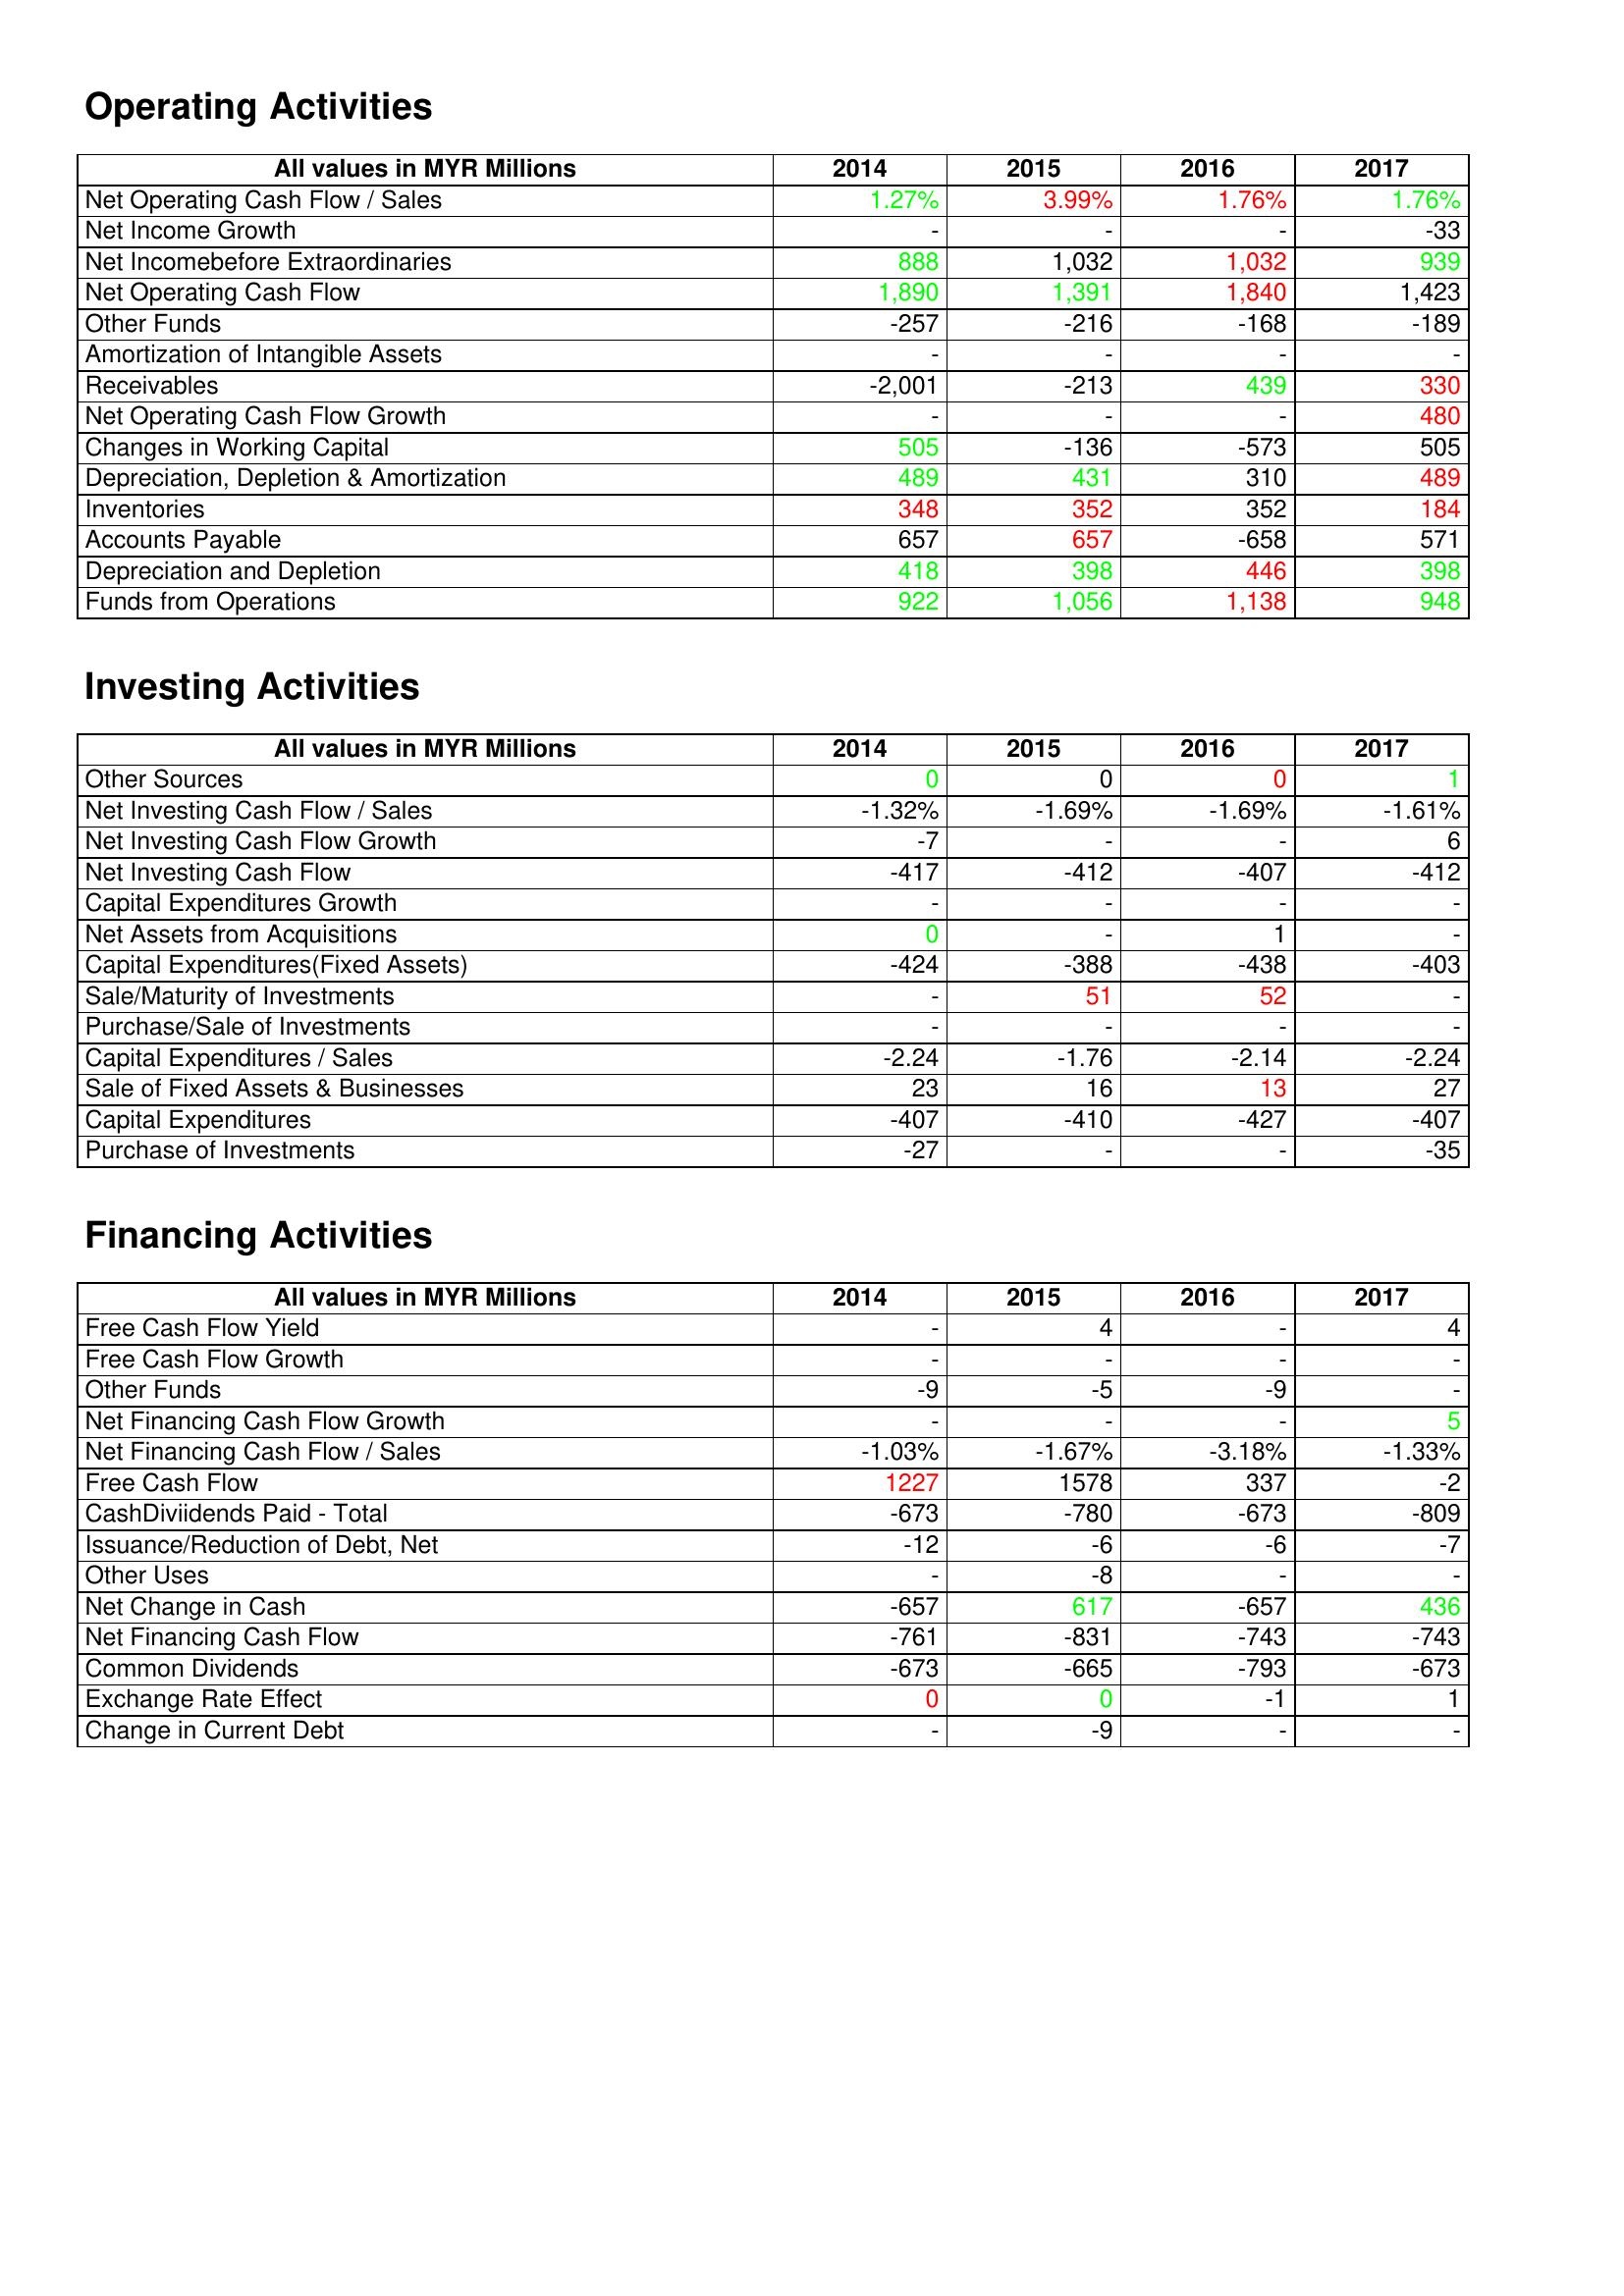
gt_parse: 2014: Operating Activities: Net Operating Cash Flow / Sales: 1.27%
Net Income Growth: -
Net Incomebefore Extraordinaries: 888
Net Operating Cash Flow: 1,890
Other Funds: -257
Amortization of Intangible Assets: -
Receivables: -2,001
Net Operating Cash Flow Growth: -
Changes in Working Capital: 505
Depreciation, Depletion & Amortization: 489
Inventories: 348
Accounts Payable: 657
Depreciation and Depletion: 418
Funds from Operations: 922
Investing Activities: Other Sources: 0
Net Investing Cash Flow / Sales: -1.32%
Net Investing Cash Flow Growth: -7
Net Investing Cash Flow: -417
Capital Expenditures Growth: -
Net Assets from Acquisitions: 0
Capital Expenditures(Fixed Assets): -424
Sale/Maturity of Investments: -
Purchase/Sale of Investments: -
Capital Expenditures / Sales: -2.24
Sale of Fixed Assets & Businesses: 23
Capital Expenditures: -407
Purchase of Investments: -27
Financing Activities: Free Cash Flow Yield: -
Free Cash Flow Growth: -
Other Funds: -9
Net Financing Cash Flow Growth: -
Net Financing Cash Flow / Sales: -1.03%
Free Cash Flow: 1227
CashDiviidends Paid - Total: -673
Issuance/Reduction of Debt, Net: -12
Other Uses: -
Net Change in Cash: -657
Net Financing Cash Flow: -761
Common Dividends: -673
Exchange Rate Effect: 0
Change in Current Debt: -
2015: Operating Activities: Net Operating Cash Flow / Sales: 3.99%
Net Income Growth: -
Net Incomebefore Extraordinaries: 1,032
Net Operating Cash Flow: 1,391
Other Funds: -216
Amortization of Intangible Assets: -
Receivables: -213
Net Operating Cash Flow Growth: -
Changes in Working Capital: -136
Depreciation, Depletion & Amortization: 431
Inventories: 352
Accounts Payable: 657
Depreciation and Depletion: 398
Funds from Operations: 1,056
Investing Activities: Other Sources: 0
Net Investing Cash Flow / Sales: -1.69%
Net Investing Cash Flow Growth: -
Net Investing Cash Flow: -412
Capital Expenditures Growth: -
Net Assets from Acquisitions: -
Capital Expenditures(Fixed Assets): -388
Sale/Maturity of Investments: 51
Purchase/Sale of Investments: -
Capital Expenditures / Sales: -1.76
Sale of Fixed Assets & Businesses: 16
Capital Expenditures: -410
Purchase of Investments: -
Financing Activities: Free Cash Flow Yield: 4
Free Cash Flow Growth: -
Other Funds: -5
Net Financing Cash Flow Growth: -
Net Financing Cash Flow / Sales: -1.67%
Free Cash Flow: 1578
CashDiviidends Paid - Total: -780
Issuance/Reduction of Debt, Net: -6
Other Uses: -8
Net Change in Cash: 617
Net Financing Cash Flow: -831
Common Dividends: -665
Exchange Rate Effect: 0
Change in Current Debt: -9
2016: Operating Activities: Net Operating Cash Flow / Sales: 1.76%
Net Income Growth: -
Net Incomebefore Extraordinaries: 1,032
Net Operating Cash Flow: 1,840
Other Funds: -168
Amortization of Intangible Assets: -
Receivables: 439
Net Operating Cash Flow Growth: -
Changes in Working Capital: -573
Depreciation, Depletion & Amortization: 310
Inventories: 352
Accounts Payable: -658
Depreciation and Depletion: 446
Funds from Operations: 1,138
Investing Activities: Other Sources: 0
Net Investing Cash Flow / Sales: -1.69%
Net Investing Cash Flow Growth: -
Net Investing Cash Flow: -407
Capital Expenditures Growth: -
Net Assets from Acquisitions: 1
Capital Expenditures(Fixed Assets): -438
Sale/Maturity of Investments: 52
Purchase/Sale of Investments: -
Capital Expenditures / Sales: -2.14
Sale of Fixed Assets & Businesses: 13
Capital Expenditures: -427
Purchase of Investments: -
Financing Activities: Free Cash Flow Yield: -
Free Cash Flow Growth: -
Other Funds: -9
Net Financing Cash Flow Growth: -
Net Financing Cash Flow / Sales: -3.18%
Free Cash Flow: 337
CashDiviidends Paid - Total: -673
Issuance/Reduction of Debt, Net: -6
Other Uses: -
Net Change in Cash: -657
Net Financing Cash Flow: -743
Common Dividends: -793
Exchange Rate Effect: -1
Change in Current Debt: -
2017: Operating Activities: Net Operating Cash Flow / Sales: 1.76%
Net Income Growth: -33
Net Incomebefore Extraordinaries: 939
Net Operating Cash Flow: 1,423
Other Funds: -189
Amortization of Intangible Assets: -
Receivables: 330
Net Operating Cash Flow Growth: 480
Changes in Working Capital: 505
Depreciation, Depletion & Amortization: 489
Inventories: 184
Accounts Payable: 571
Depreciation and Depletion: 398
Funds from Operations: 948
Investing Activities: Other Sources: 1
Net Investing Cash Flow / Sales: -1.61%
Net Investing Cash Flow Growth: 6
Net Investing Cash Flow: -412
Capital Expenditures Growth: -
Net Assets from Acquisitions: -
Capital Expenditures(Fixed Assets): -403
Sale/Maturity of Investments: -
Purchase/Sale of Investments: -
Capital Expenditures / Sales: -2.24
Sale of Fixed Assets & Businesses: 27
Capital Expenditures: -407
Purchase of Investments: -35
Financing Activities: Free Cash Flow Yield: 4
Free Cash Flow Growth: -
Other Funds: -
Net Financing Cash Flow Growth: 5
Net Financing Cash Flow / Sales: -1.33%
Free Cash Flow: -2
CashDiviidends Paid - Total: -809
Issuance/Reduction of Debt, Net: -7
Other Uses: -
Net Change in Cash: 436
Net Financing Cash Flow: -743
Common Dividends: -673
Exchange Rate Effect: 1
Change in Current Debt: -